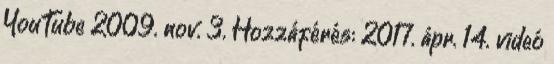
YouTube 2009. nov. 3. Hozzáférés: 2017. ápr. 14. videó